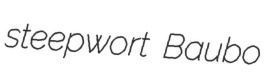
steepwort Baubo